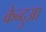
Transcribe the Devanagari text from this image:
केन्‍दुआ